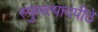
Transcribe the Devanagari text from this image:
स्फुरत्पादपीठे